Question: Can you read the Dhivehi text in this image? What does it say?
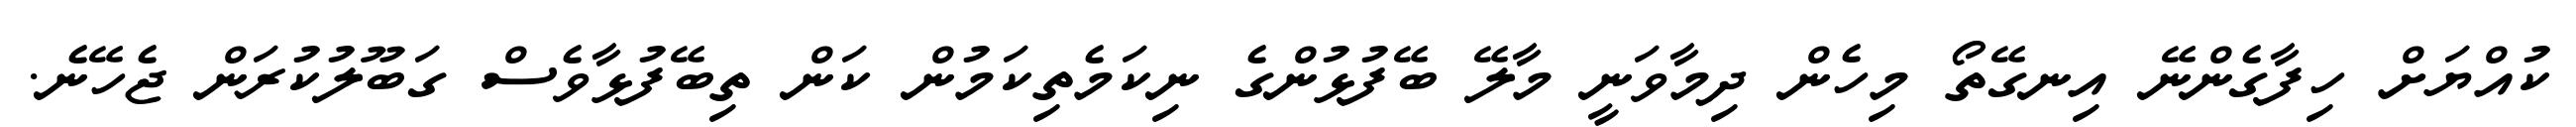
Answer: ކުއްޔަށް ހިފާގެންނޭ އިނގޭތޯ މިހެން ދިމާވަނީ މާލޭ ބޭފުޅުންގެ ނިކަމެތިކަމުން ކަން ތިބޭފުޅާވެސް ގަބޫލުކުރަން ޖެހޭނެ.